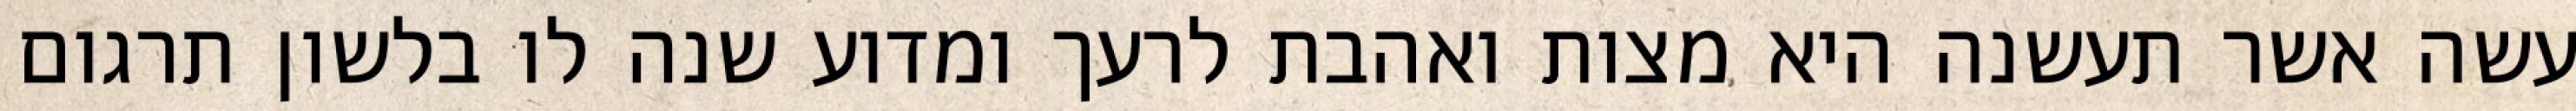
עשה אשר תעשנה היא מצות ואהבת לרעך ומדוע שנה לו בלשון תרגום